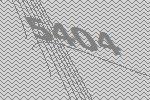
5404